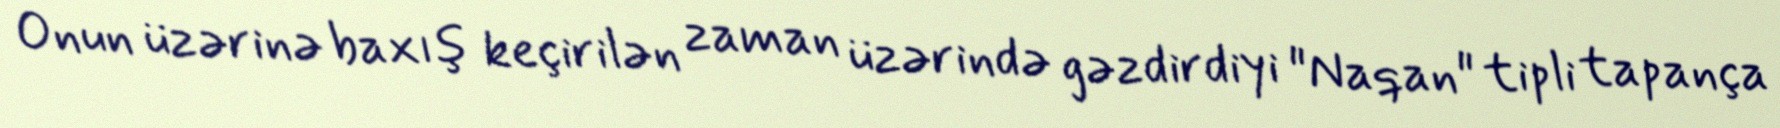
Onun üzərinə baxış keçirilən zaman üzərində gəzdirdiyi "Naqan" tipli tapança